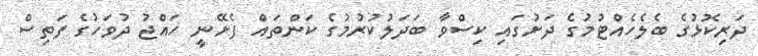
ދަރިކޮޅުގެ ބެލެހެއްޓުމުގެ ދަށުގައި ކިސްވާ ބަދަލުކުރުމުގެ ކަންތައް ފެށޭނީ ހައްޖު ދުވަހުގެ ފަތިސް